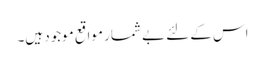
اس کے لئے بے شمار مواقع موجود ہیں۔